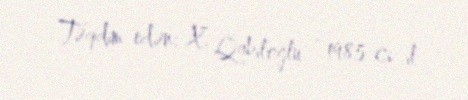
Təqdim edən: X. Qabiloğlu - 1985-ci il